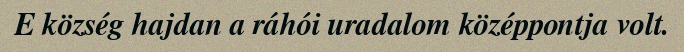
E község hajdan a ráhói uradalom középpontja volt.